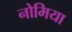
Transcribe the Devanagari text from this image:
नोमिया